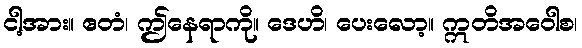
ငါ့အား။ ဧတံ၊ ဤနေရာကို။ ဒေဟိ၊ ပေးလော့။ ဣတိအဝေါစ၊